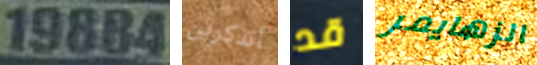
19884 أتذكرين قد الزهايمر